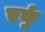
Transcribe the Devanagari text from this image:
एर्कु